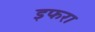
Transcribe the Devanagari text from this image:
इफरा